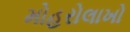
મોહરોલાખો